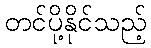
တင်ပို့နိုင်သည့်